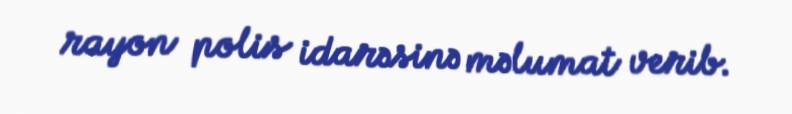
rayon polis idarəsinə məlumat verib.